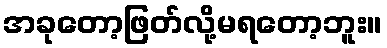
အခုတော့ဖြတ်လို့မရတော့ဘူး။